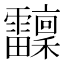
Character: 𩇆